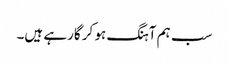
سب ہم آہنگ ہو کر گارہے ہیں۔